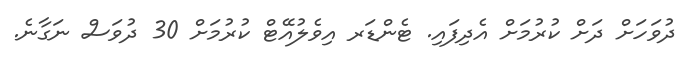
ދުވަހަށް ދަށް ކުރުމަށް އެދިފައި. ޓެންޑަރ އިވެލުއޭޓް ކުރުމަށް 30 ދުވަސް ނަގާނެ.